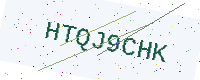
Text: HTQJ9CHK